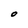
Character: O